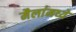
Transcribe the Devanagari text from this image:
मैलांमध्ये